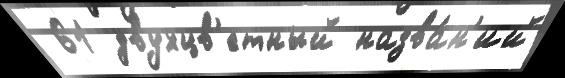
 61 двухцв'етный назва́н'ий